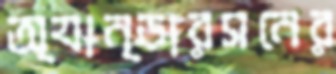
অ্যান্ডারসনের